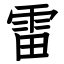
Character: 雷